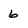
Character: 6